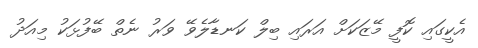
އެކީގައި ކޮފީ މޭޒަކަށް އަރައި ބިލް ކަނޑާލެވޭ ވަރު ނެތް ބޭފުޅަކު މިއަދު